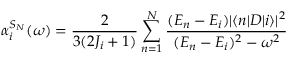
\alpha _ { i } ^ { S _ { N } } ( \omega ) = \frac { 2 } { 3 ( 2 J _ { i } + 1 ) } \sum _ { n = 1 } ^ { N } \frac { ( E _ { n } - E _ { i } ) | \langle n | D | i \rangle | ^ { 2 } } { ( E _ { n } - E _ { i } ) ^ { 2 } - \omega ^ { 2 } }